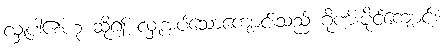
လှူပါ၏ဟု ဆို၍ လှူအပ်သောကျောင်းသည် ဂိုဏ်းပိုင်ကျောင်း၊